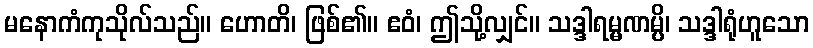
မနောကံကုသိုလ်သည်။ ဟောတိ၊ ဖြစ်၏။ ဧဝံ၊ ဤသို့လျှင်။ သဒ္ဒါရမ္မဏမ္ပိ၊ သဒ္ဒါရုံဟူသော